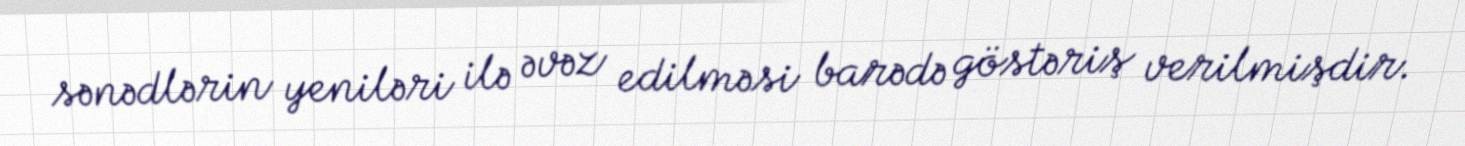
sənədlərin yeniləri ilə əvəz edilməsi barədə göstəriş verilmişdir.